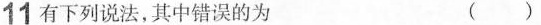
11有下列说法，其中错误的为 ()